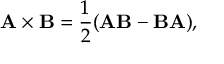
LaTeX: \mathbf { A } \times \mathbf { B } = { \frac { 1 } { 2 } } ( \mathbf { A B } - \mathbf { B A } ) ,